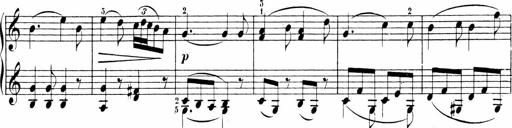
Title: 6 Sonatinas
Composer: Carl Reinecke